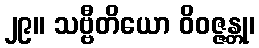
၂၉။ သဗ္ဗီတိယော ဝိဝဇ္ဇန္တု၊